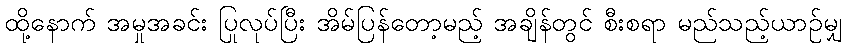
ထို့နောက် အမှုအခင်း ပြုလုပ်ပြီး အိမ်ပြန်တော့မည့် အချိန်တွင် စီးစရာ မည်သည့်ယာဉ်မျှ